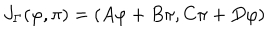
J _ { \Gamma } ( \varphi , \pi ) = ( A \varphi + B \pi , C \pi + D \varphi )